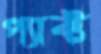
প্যাক্ট